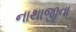
નાથાજીના